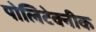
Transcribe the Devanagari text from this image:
पोलिटेक्नीक